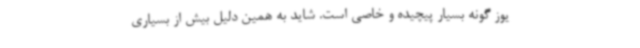
یوز گونه بسیار پیچیده و خاصی است. شاید به همین دلیل بیش از بسیاری